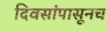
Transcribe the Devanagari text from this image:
दिवसांपासूनच